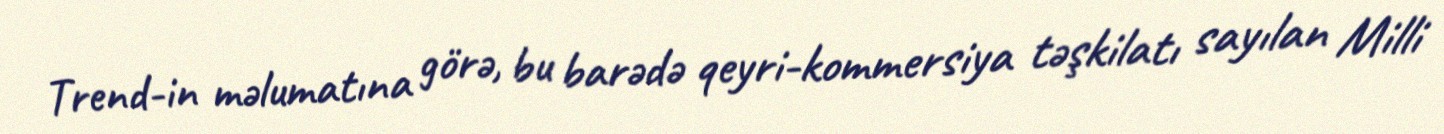
Trend-in məlumatına görə, bu barədə qeyri-kommersiya təşkilatı sayılan Milli